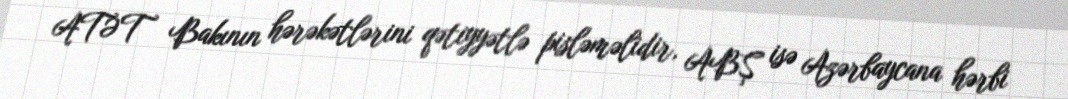
ATƏT Bakının hərəkətlərini qətiyyətlə pisləməlidir, ABŞ isə Azərbaycana hərbi